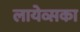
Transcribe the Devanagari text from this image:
लायेव्सका